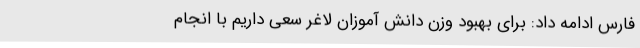
فارس ادامه داد: برای بهبود وزن دانش آموزان لاغر سعی داریم با انجام